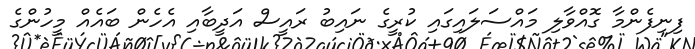
ފިނިފެންމާ ގޮއްވާލި މައްސަލައިގައި ކުރީގެ ނައިބު ރައީސް އަދީބާއި އެހެން ބައެއް މީހުންގެ